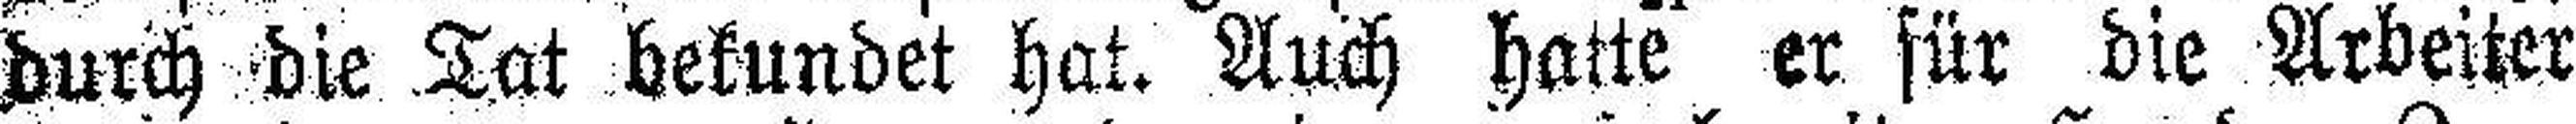
durch die Tat bekundet hat. Auch hatte er für die Arbeiter